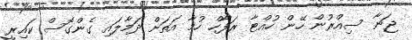
ޖަނާ ސިއްރުން ހޭން ހުއްޓާ ރަފާހް ހުމާ އަތަށް ދަމާލައި ގެންގޮސް ކައިރީ